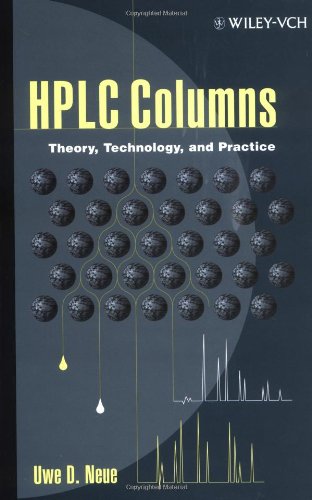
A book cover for HPLC Columns: Theory, Technology, and Practice; Uwe D. Neue; Science & Math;